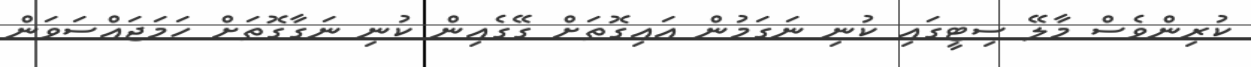
ކުރިންވެސް މާލޭ ސިޓީގައި ކުނި ނަގަމުން އައިގޮތަށް ގޭގެއިން ކުނި ނަގާގޮތަށް ހަމަޖައްސަވަން